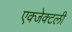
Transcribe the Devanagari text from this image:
एक्जेक्टली